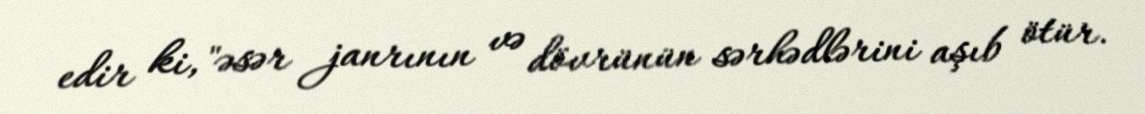
edir ki, "əsər janrının və dövrünün sərhədlərini aşıb ötür.